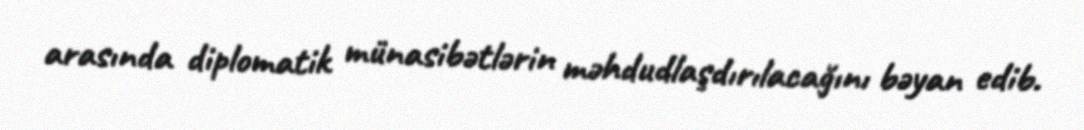
arasında diplomatik münasibətlərin məhdudlaşdırılacağını bəyan edib.